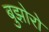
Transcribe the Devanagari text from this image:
बुझोरो